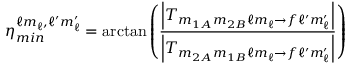
\eta _ { m i n } ^ { \ell m _ { \ell } , \ell ^ { \prime } m _ { \ell } ^ { \prime } } = \arctan \left( \frac { \left| T _ { m _ { 1 A } m _ { 2 B } \ell m _ { \ell } \rightarrow f \ell ^ { \prime } m _ { \ell } ^ { \prime } } \right| } { \left| T _ { m _ { 2 A } m _ { 1 B } \ell m _ { \ell } \rightarrow f \ell ^ { \prime } m _ { \ell } ^ { \prime } } \right| } \right)